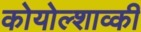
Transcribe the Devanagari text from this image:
कोयोल्शाव्की